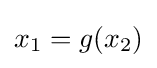
x_{1}=g(x_{2})